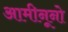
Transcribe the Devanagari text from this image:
आमीनूनो